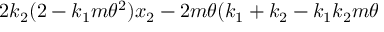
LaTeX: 2 k _ { 2 } ( 2 - k _ { 1 } m \theta ^ { 2 } ) x _ { 2 } - 2 m \theta ( k _ { 1 } + k _ { 2 } - k _ { 1 } k _ { 2 } m \theta